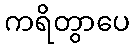
ကရိတွာပေ